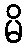
မိ